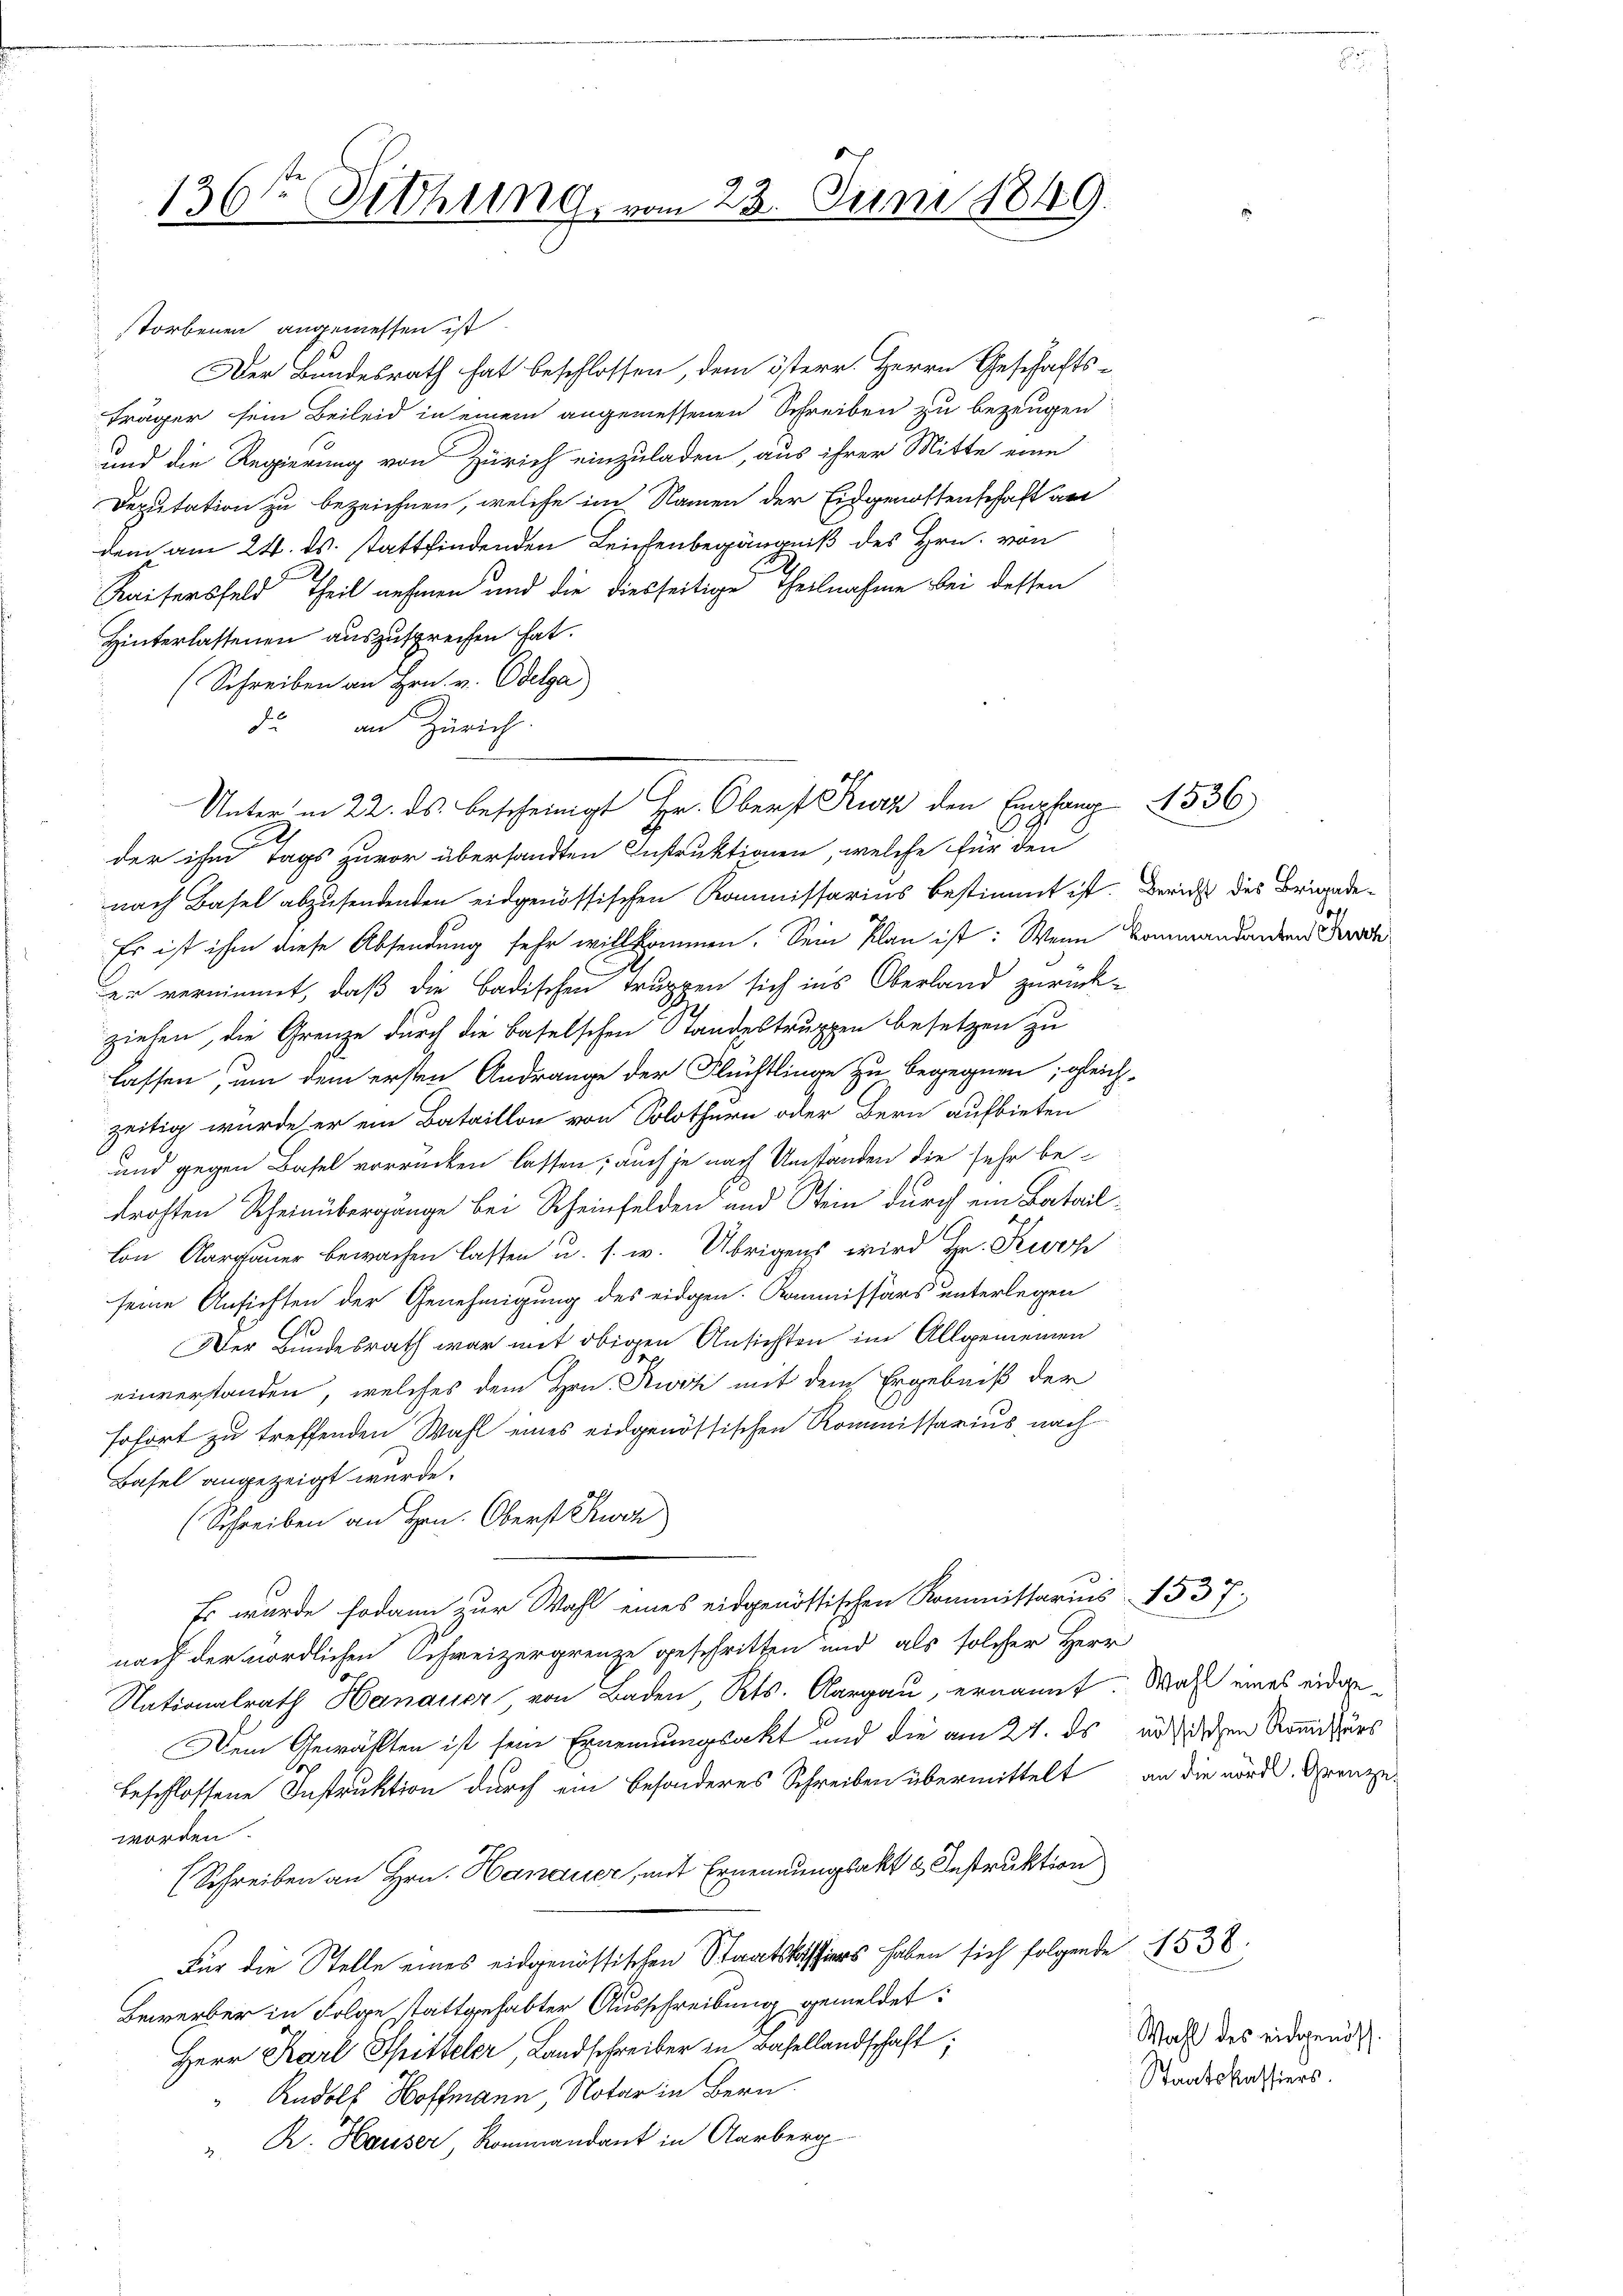
storbenen angemessen ist.
Der Bundesrath hat beschlossen, dem österr. Herrn Geschäfts-
träger sein Beileid in einem angemessenen Schreiben zu bezeugen
und die Regierung von Zürich einzuladen, aus ihrer Mitte eine
Deputation zu bezeichnen, welche im Namen der Eidgenossenschaft an
dem am 24. ds. stattfindenden Leichenbegängniß des Hrn. von
Kaisersfeld Theil nehmen und die diesseitige Theilnahme bei dessen
Hinterlassenen auszusprechen hat.
Schreiben an Hrn. v. Odelga)
da an Zürich
der ihm Tags zuvor übersandten Instruktionen, welche für den
nach Basel abzusendenden eidgenössischen Kommissarius bestimmt ist. Bericht des Brigade¬
Es ist ihm diese Absendung sehr willkommen. Sein Plan ist: Wenn Baumandanten sch
er vernimmt, daß die Badischen Truppen sich ins Oberland zurück-
ziehen, die Grenze durch die Baselschen Standestruppen besetzen zu
lassen, um dem ersten Andränge der Flüchtlinge zu begegnen; gleich-
zeitig wurde er ein Bataillon von Solothurn oder Bern aufbieten
und gegen Basel vorrücken lassen; auch je nach Umständen die sehr be-
drohten Rheinübergänge bei Rheinfelden und Stein durch ein Batail¬
Con Aargauer bewachen lassen u. s. w. Übrigens wird Hr. Kurz
seine Ansichten der Genehmigung des eidgen. Kommissärs unterlegen
Der Bundesrath war mit obigen Ansichten im Allgemeinen
einverstanden, welches dem Hrn. Zwik mit dem Ergebniß der
sofort zu treffenden Wahl eines eidgenössischen Kommissarius nach
Basel angezeigt wurde.
(Schreiben an Hrn. Oberst Kurz

Es wurde sodann zur Wahl eines eidgenössischen Kommissarius 1537.
nach der nördlichen Schweizergrenze geschritten und als solcher Herr
Nationalrath Hanauer, von Baden, Kts. Aargau, ernannt. Was eines eidge¬
Dein Gewählten ist sein Ernennungsakt und die am 27. ds an dischen Romissärs
beschlossene Instruktion durch ein besonderes Schreiben übermittelt an die nord. Grenzeworden.
(Schreiben an Hrn. Hanauer, mit Ernennungsakt & Instruktion
Für die Stelle eines eidgenössischen Staatskassiers haben sich folgende 1538.
Bewerber in Folge stattgehabter Ausschreibung gemeldet:
Herr Karl Spitteler, Landschreiber in Basellandschaft;
 Rudolf Hoffmann, Notar in Bern.
. R. Hauser Kommandant in Aarberg

136te Sitzung vom 23. Juni 1849.

Unter in 22. ds. bescheinigt Hr. Oberst Kurz den Empfang 4336
.

Wahl des eidgenöss.
Staatskassiers.